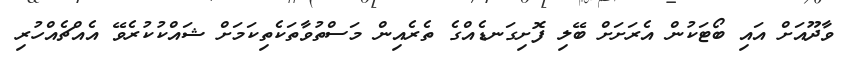
ވާދޫއަށް އައި ބޯޓަކުން އެރަށަށް ބޭލި ފޮށިގަނޑެއްގެ ތެރެއިން މަސްތުވާތަކެތިކަމަށް ޝައްކުކުރެވޭ އެއްޗެއްހުރި